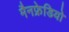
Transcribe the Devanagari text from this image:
मैनफ्रेडियो